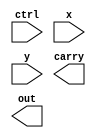
//Behavior level (event-driven) 
module alu(
    ctrl,
    x,
    y,
    carry,
    out 
);
    
    input  [3:0] ctrl;
    input  [7:0] x;
    input  [7:0] y;
    output       carry;
    output [7:0] out;
    

endmodule